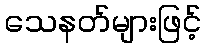
သေနတ်များဖြင့်